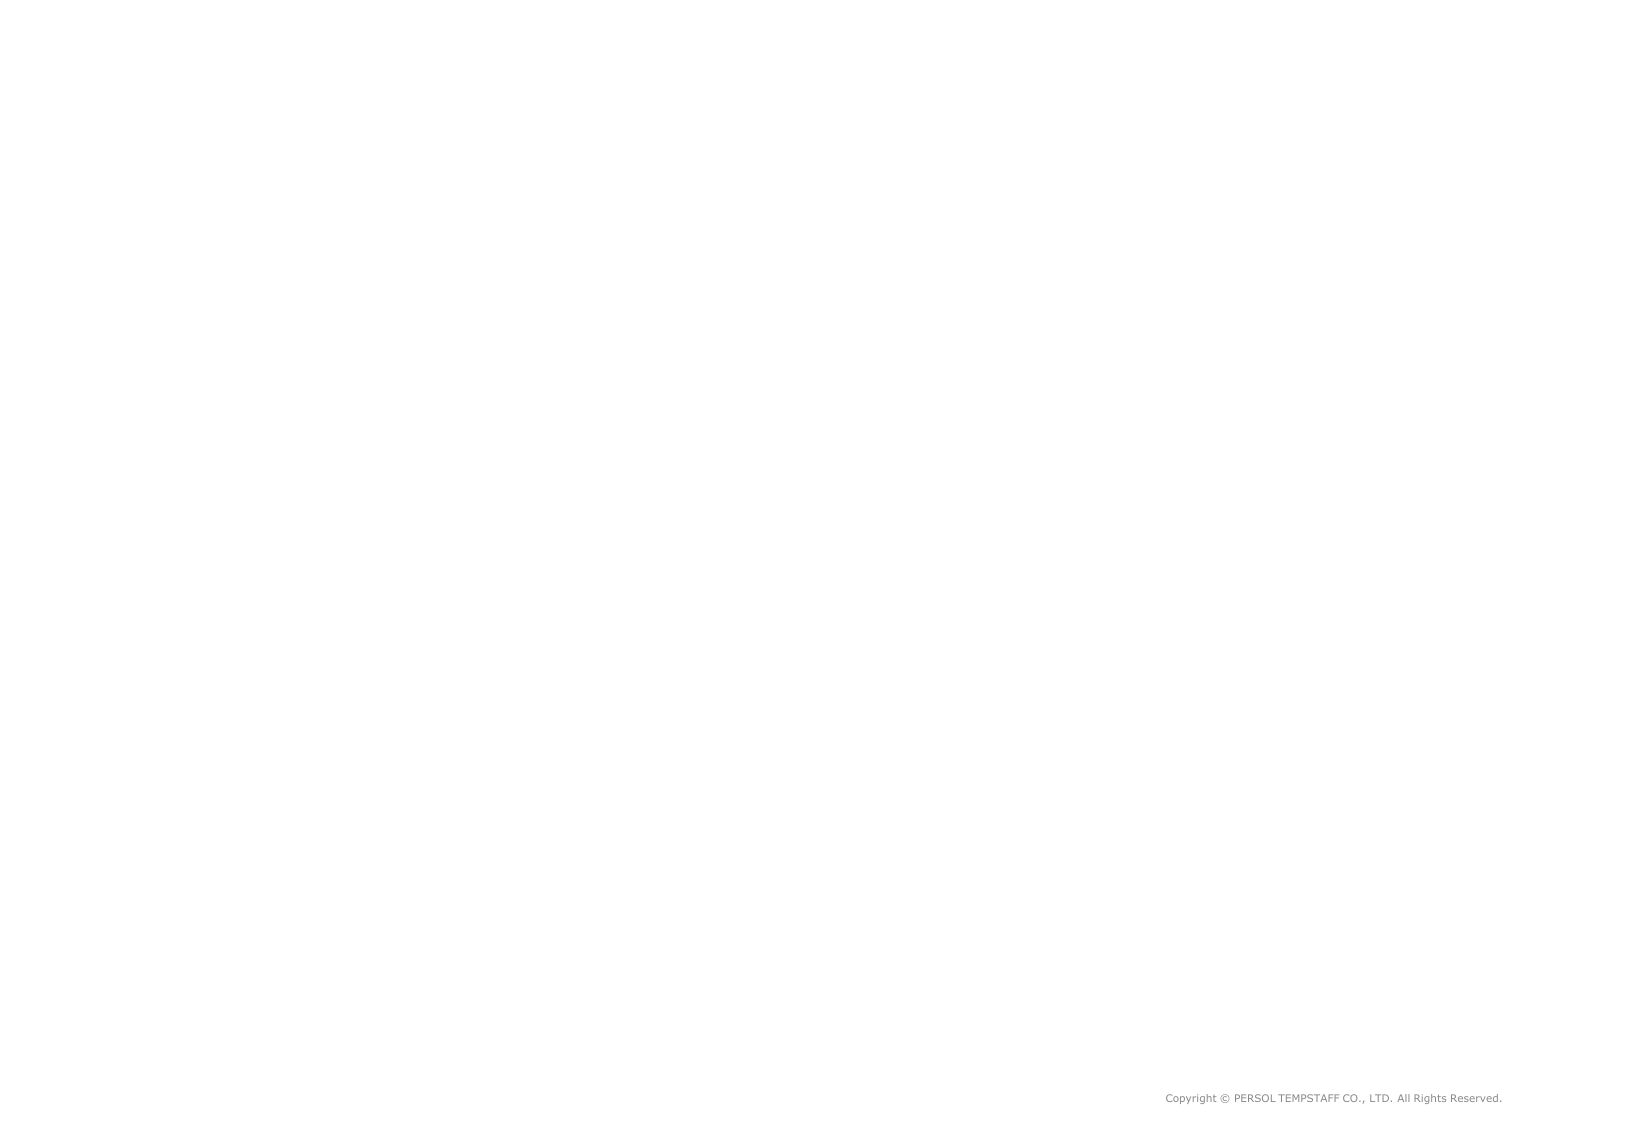
Copyright © PERSOL TEMPSTAFF CO., LTD. All Rights Reserved.